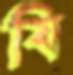
যি